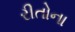
રીતોના